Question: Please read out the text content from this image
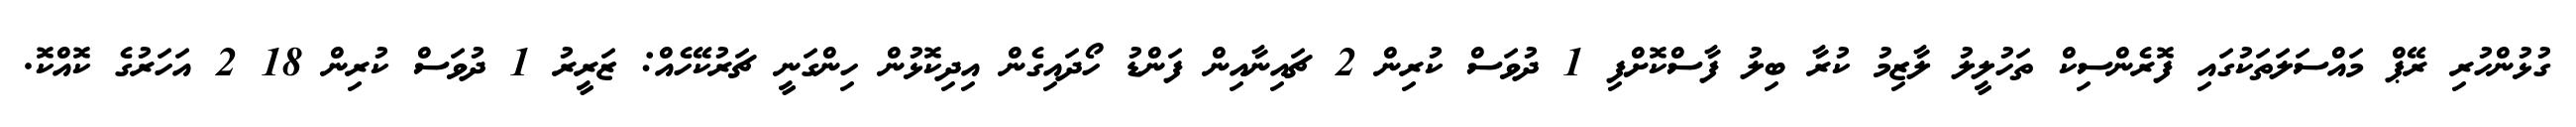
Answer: ގުޅުންހުރި ރޭޕް މައްސަލަތަކުގައި ފޮރެންސިކް ތަހުލީލު ލާޒިމު ކުރާ ބިލު ފާސްކޮށްފި 1 ދުވަސް ކުރިން 2 ޗައިނާއިން ފަންޑު ހޯދައިގެން އިދިކޮޅުން ހިންގަނީ ޗަރުކޭހެއް: ޒަރީރު 1 ދުވަސް ކުރިން 18 2 އަހަރުގެ ކޮއްކޮ.